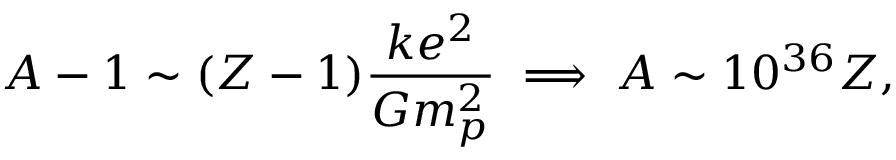
A - 1 \sim ( Z - 1 ) \frac { k e ^ { 2 } } { G m _ { p } ^ { 2 } } \implies A \sim 1 0 ^ { 3 6 } Z ,